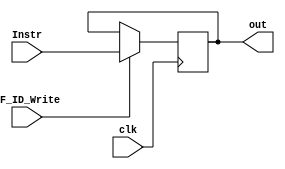
module IF_ID_Pipeline(
    //output
    output reg[31:0] out,
    //input
    input [31:0] Instr,
    input IF_ID_Write,
    input clk
);
always@(posedge clk)begin
    if(IF_ID_Write)begin
        out <= Instr;
    end
end
endmodule